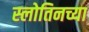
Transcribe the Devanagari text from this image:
स्लोतिनच्या